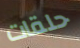
حلقات